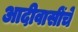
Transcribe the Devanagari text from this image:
आदीवासींचे